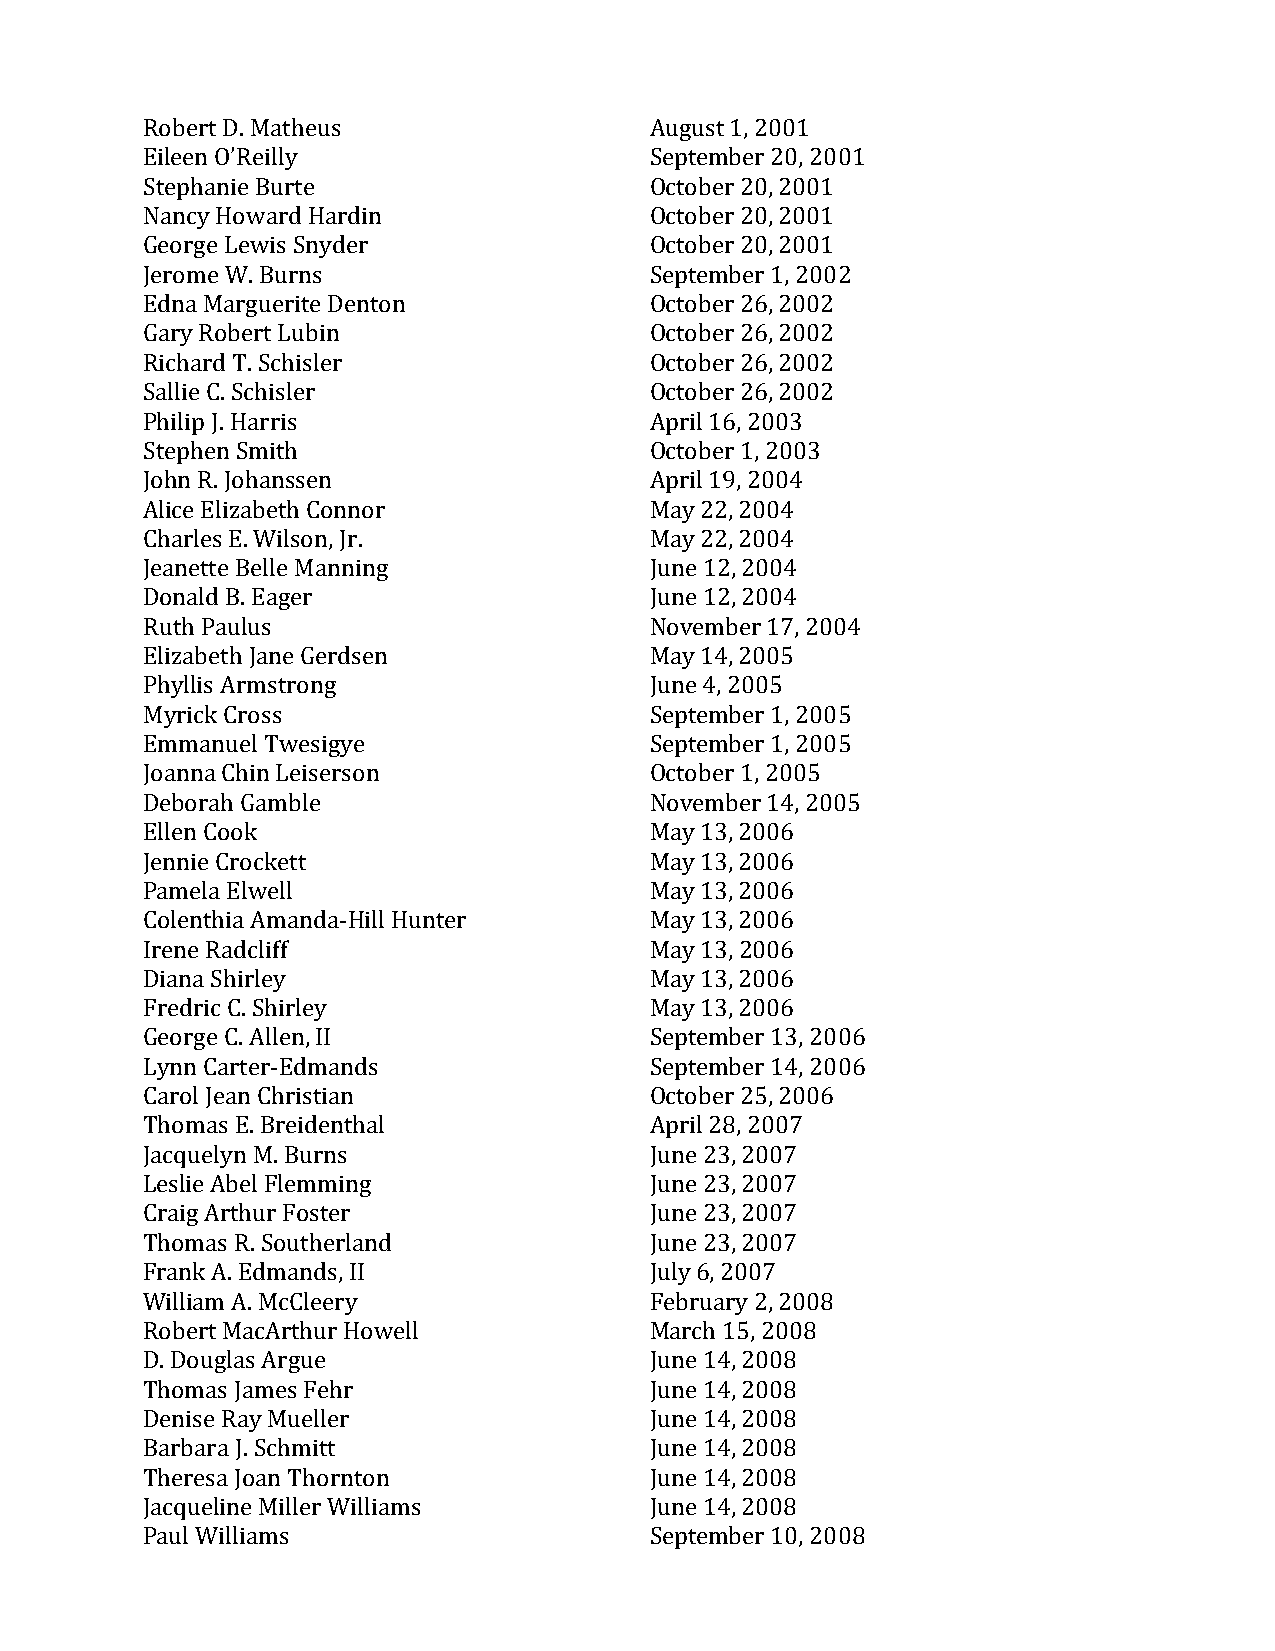
Robert D. Matheus                 August 1, 2001
 Eileen O’Reilly                   September 20, 2001
 Stephanie Burte                   October 20, 2001
 Nancy Howard Hardin               October 20, 2001
 George Lewis Snyder               October 20, 2001
 Jerome W. Burns                   September 1, 2002
 Edna Marguerite Denton            October 26, 2002
 Gary Robert Lubin                 October 26, 2002
 Richard T. Schisler               October 26, 2002
 Sallie C. Schisler                October 26, 2002
 Philip J. Harris                  April 16, 2003
 Stephen Smith                     October 1, 2003
 John R. Johanssen                 April 19, 2004
 Alice Elizabeth Connor            May 22, 2004
 Charles E. Wilson, Jr.            May 22, 2004
 Jeanette Belle Manning            June 12, 2004
 Donald B. Eager                   June 12, 2004
 Ruth Paulus                       November 17, 2004
 Elizabeth Jane Gerdsen            May 14, 2005
 Phyllis Armstrong                 June 4, 2005
 Myrick Cross                      September 1, 2005
 Emmanuel Twesigye                 September 1, 2005
 Joanna Chin Leiserson             October 1, 2005
 Deborah Gamble                    November 14, 2005
 Ellen Cook                        May 13, 2006
 Jennie Crockett                   May 13, 2006
 Pamela Elwell                     May 13, 2006
 Colenthia Amanda-Hill Hunter      May 13, 2006
 Irene Radcliff                    May 13, 2006
 Diana Shirley                     May 13, 2006
 Fredric C. Shirley                May 13, 2006
 George C. Allen, II               September 13, 2006
 Lynn Carter-Edmands               September 14, 2006
 Carol Jean Christian              October 25, 2006
 Thomas E. Breidenthal             April 28, 2007
 Jacquelyn M. Burns                June 23, 2007
 Leslie Abel Flemming              June 23, 2007
 Craig Arthur Foster               June 23, 2007
 Thomas R. Southerland             June 23, 2007
 Frank A. Edmands, II              July 6, 2007
 William A. McCleery               February 2, 2008
 Robert MacArthur Howell           March 15, 2008
 D. Douglas Argue                  June 14, 2008
 Thomas James Fehr                 June 14, 2008
 Denise Ray Mueller                June 14, 2008
 Barbara J. Schmitt                June 14, 2008
 Theresa Joan Thornton             June 14, 2008
 Jacqueline Miller Williams        June 14, 2008
 Paul Williams                     September 10, 2008